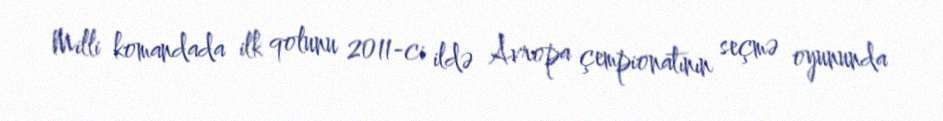
Milli komandada ilk qolunu 2011-ci ildə Avropa çempionatının seçmə oyununda